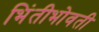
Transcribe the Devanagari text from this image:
भिंतीभोवती